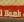
bank